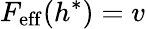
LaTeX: F_{\mathrm{eff}}(h^{*})=v